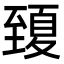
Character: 𦥍